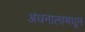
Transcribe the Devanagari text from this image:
अंधनालामधून